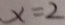
x = 2